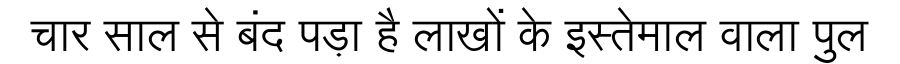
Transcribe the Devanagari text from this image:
चार साल से बंद पड़ा है लाखों के इस्तेमाल वाला पुल